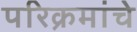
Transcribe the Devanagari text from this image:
परिक्रमांचे